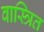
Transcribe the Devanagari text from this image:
वास्त्रित